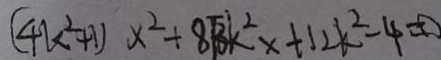
( 4 k ^ { 2 } + 1 ) x ^ { 2 } + 8 \sqrt { 3 } k ^ { 2 } x + 1 2 k ^ { 2 } - 4 = 0